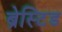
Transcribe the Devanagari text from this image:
ब्रेस्टिड